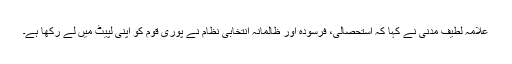
علامہ لطیف مدنی نے کہا کہ استحصالی، فرسودہ اور ظالمانہ انتخابی نظام نے پوری قوم کو اپنی لپیٹ میں لے رکھا ہے۔